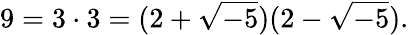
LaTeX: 9=3\cdot 3=(2+{\sqrt{-5}})(2-{\sqrt{-5}}).